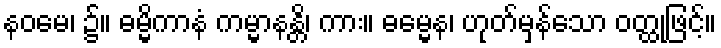
နဝမေ၊ ၌။ ဓမ္မိကာနံ ကမ္မာနန္တိ၊ ကား။ ဓမ္မေန၊ ဟုတ်မှန်သော ဝတ္ထုဖြင့်။